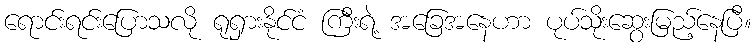
ရောင်းရင်းပြောသလို ရုရှားနိုင်ငံ ကြီးရဲ့ အခြေအနေဟာ ပုပ်သိုးဆွေးမြည့်နေပြီ။